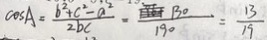
\cos A = \frac { b ^ { 2 } + c ^ { 2 } - a ^ { 2 } } { 2 b c } = \frac { 1 3 0 } { 1 9 0 } = \frac { 1 3 } { 1 9 }